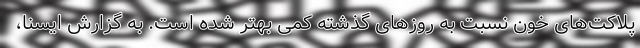
پلاکت‌های خون نسبت به روزهای گذشته کمی بهتر شده است. به گزارش ایسنا،